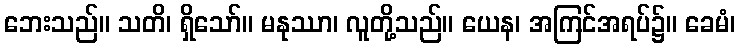
ဘေးသည်။ သတိ၊ ရှိသော်။ မနုဿာ၊ လူတို့သည်။ ယေန၊ အကြင်အရပ်၌။ ခေမံ၊